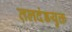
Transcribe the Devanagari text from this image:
तलदंडयुक्त